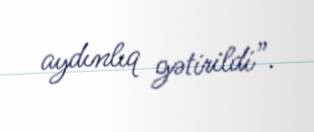
aydınlıq gətirildi”.